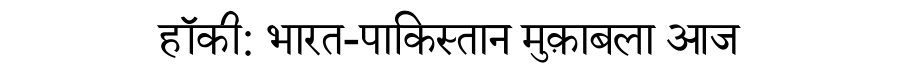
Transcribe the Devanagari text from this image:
हॉकी: भारत-पाकिस्तान मुक़ाबला आज